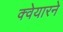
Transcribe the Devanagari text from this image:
क्वेयारने